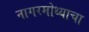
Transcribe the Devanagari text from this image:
नागरमोथ्याचा